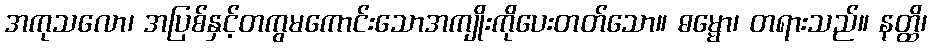
အကုသလော၊ အပြစ်နှင့်တကွမကောင်းသောအကျိုးကိုပေးတတ်သော။ ဓမ္မော၊ တရားသည်။ နတ္ထိ၊